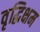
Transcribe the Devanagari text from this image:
वृद्धिक्षम